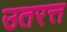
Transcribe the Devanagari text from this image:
उतरत्त